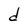
Character: d